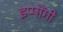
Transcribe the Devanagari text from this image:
इप्पोंगी